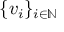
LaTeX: \{ v _ { i } \} _ { i \in \mathbb { N } }